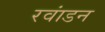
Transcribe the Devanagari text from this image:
रवांडन